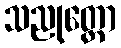
သညုတ္တော